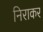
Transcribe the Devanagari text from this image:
निराकर